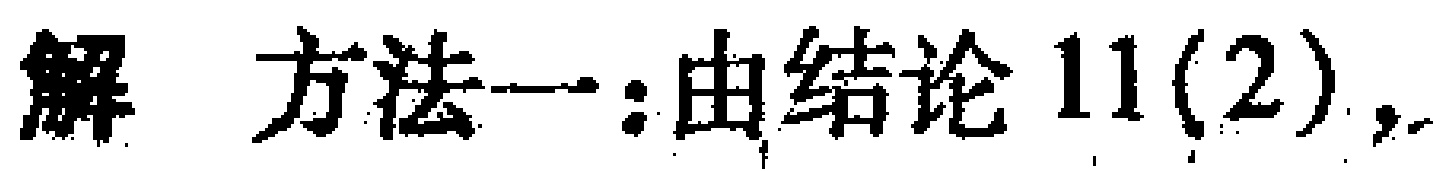
解 方法一:由结论 11(2),